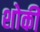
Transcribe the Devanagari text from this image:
शोकी